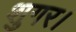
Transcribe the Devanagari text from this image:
शुगर।